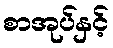
စာအုပ်နှင့်